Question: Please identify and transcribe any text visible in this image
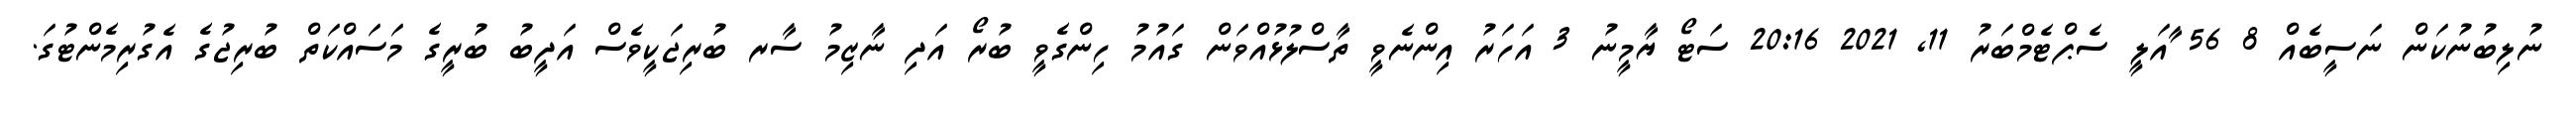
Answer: ނުލިބުނުކަން ނަސީބެއް 8 56 ާއަލީ ސެޕްޓެމްބަރު 11, 2021 20:16 ސަޓޯ ޔާމީނު 3 އަހަރު އިންނެވީ ތާސްލުޅުއްވަން ގައުމު ހިންގެވީ ބުރޯ އަދި ނާޒިމު ސާރ ބުރިޖަކީވެސް އަދީބު ބުރީގެ މަސައްކަތް ބުރިޖުގެ އެގުރިމެންޓުގަ.